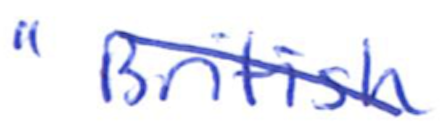
Text: "British
Cross-out: diagonal
Writing tool: ballpoint